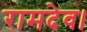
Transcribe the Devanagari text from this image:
रामदेव।